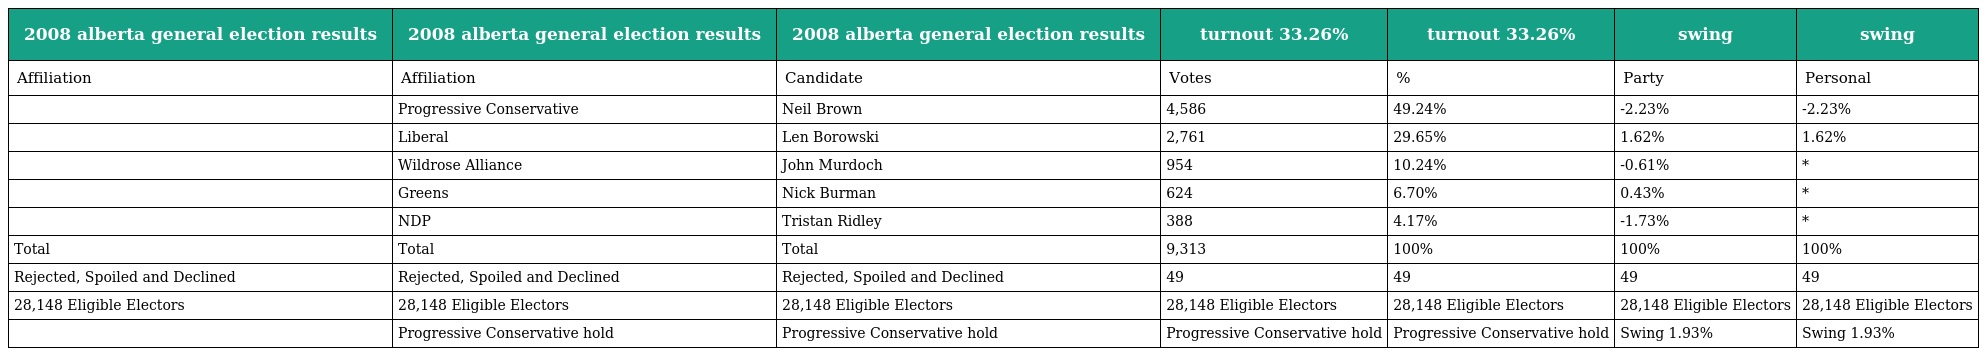
| 2008 alberta general election results | 2008 alberta general election results | 2008 alberta general election results | turnout 33.26% | turnout 33.26% | swing | swing |
 | --- | --- | --- | --- | --- | --- | --- |
 | Affiliation | Affiliation | Candidate | Votes | % | Party | Personal |
 |  | Progressive Conservative | Neil Brown | 4,586 | 49.24% | -2.23% | -2.23% |
 |  | Liberal | Len Borowski | 2,761 | 29.65% | 1.62% | 1.62% |
 |  | Wildrose Alliance | John Murdoch | 954 | 10.24% | -0.61% | * |
 |  | Greens | Nick Burman | 624 | 6.70% | 0.43% | * |
 |  | NDP | Tristan Ridley | 388 | 4.17% | -1.73% | * |
 | Total | Total | Total | 9,313 | 100% | 100% | 100% |
 | Rejected, Spoiled and Declined | Rejected, Spoiled and Declined | Rejected, Spoiled and Declined | 49 | 49 | 49 | 49 |
 | 28,148 Eligible Electors | 28,148 Eligible Electors | 28,148 Eligible Electors | 28,148 Eligible Electors | 28,148 Eligible Electors | 28,148 Eligible Electors | 28,148 Eligible Electors |
 |  | Progressive Conservative hold | Progressive Conservative hold | Progressive Conservative hold | Progressive Conservative hold | Swing 1.93% | Swing 1.93% |